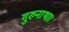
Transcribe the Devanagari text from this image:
गुरुनाथा।